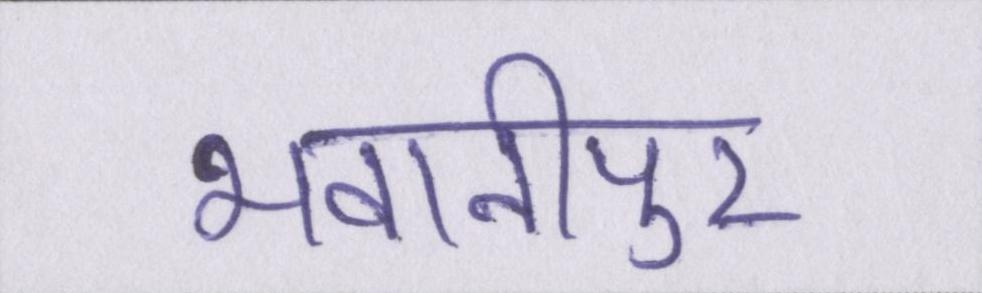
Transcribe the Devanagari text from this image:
भवानीपुर